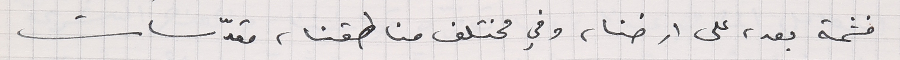
فثمة بعد، على ارضنا، وفي مختلف مناطقنا، مقدّسات